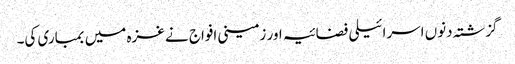
گزشتہ دنوں اسرائیلی فضائیہ اور زمینی افواج نے غزہ میں بمباری کی۔